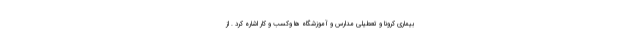
بیماری کرونا و تعطیلی مدارس و آموزشگاه ها وکسب و کار اشاره کرد . از